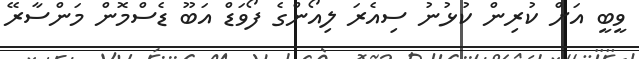
ވީބީ އަށް ކުރިން ކުޅުނު ސިއެރަ ލިއޯންގެ ފޯވަޑް އަބޫ ޑެސްމޮން މަންސާރޭ